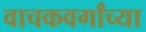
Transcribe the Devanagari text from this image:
वाचकवर्गांच्या